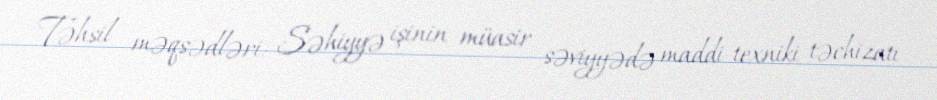
Təhsil məqsədləri: Səhiyyə işinin müasir səviyyədə maddi-texniki təchizatı